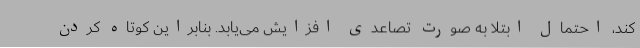
کند، احتمال ابتلا به صورت تصاعدی افزایش می‌یابد. بنابراین کوتاه کردن